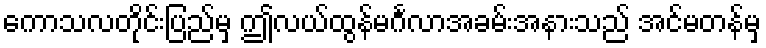
ကောသလတိုင်းပြည်မှ ဤလယ်ထွန်မင်္ဂလာအခမ်းအနားသည် အင်မတန်မှ